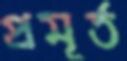
প্রমূর্ত